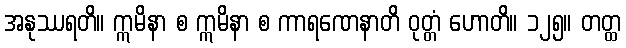
အနုဿရတိ။ ဣမိနာ စ ဣမိနာ စ ကာရဏေနာတိ ဝုတ္တံ ဟောတိ။ ၁၂၅။ တတ္ထ